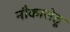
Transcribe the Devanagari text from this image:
नौकासेतू